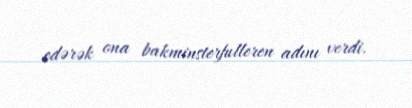
edərək ona bakminsterfulleren adını verdi.